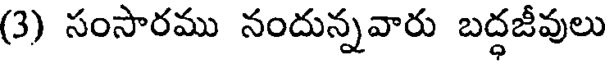
(3) సంసారము నందున్నవారు బద్ధజీవులు